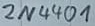
Text: 2N4401